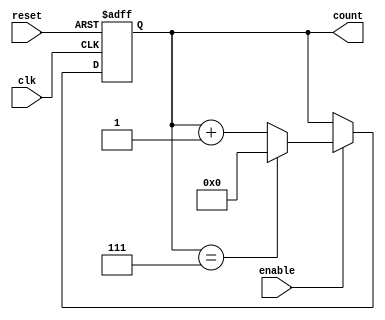
module ModuloN_Up_Counter(
    input clk,
    input reset,
    input enable,
    output reg [N-1:0] count
);

parameter N = 8; // define modulo N value

always @(posedge clk or posedge reset) begin
    if(reset) begin
        count <= 0;
    end else begin
        if(enable) begin
            if(count == N-1) begin
                count <= 0;
            end else begin
                count <= count + 1;
            end
        end
    end
end

endmodule